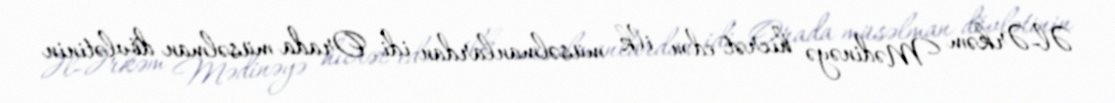
Əl-Ərkəm Mədinəyə hicrət edən ilk müsəlmanlardan idi. Orada müsəlman dövlətinin